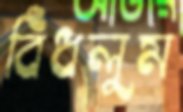
বিঁধলুম